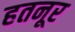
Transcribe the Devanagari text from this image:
हतनूर